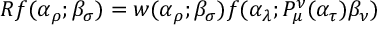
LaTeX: R f ( \alpha _ { \rho } ; \beta _ { \sigma } ) = w ( \alpha _ { \rho } ; \beta _ { \sigma } ) f ( \alpha _ { \lambda } ; P _ { \mu } ^ { \nu } ( \alpha _ { \tau } ) \beta _ { \nu } )